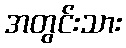
အတွင်းသား